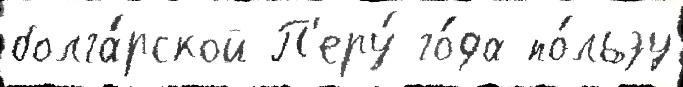
болга́рской П'еру́ го́да по́льзу